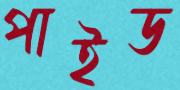
পাইড